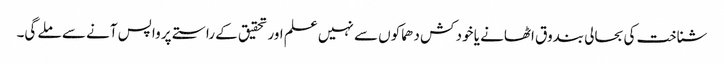
شناخت کی بحالی بندوق اٹھانے یا خود کش دھماکوں سے نہیں علم اور تحقیق کے راستے پر واپس آنے سے ملے گی۔